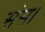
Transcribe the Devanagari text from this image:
संस।